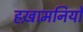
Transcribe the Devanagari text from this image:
हख़ामनियों